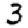
Digit: 3